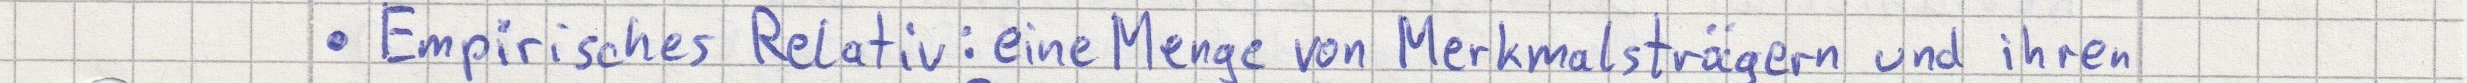
Empirisches Relativ: eine Menge von Merkmalsträgern und ihren